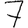
Digit: 7